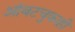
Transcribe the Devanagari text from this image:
आंबटचुकाही